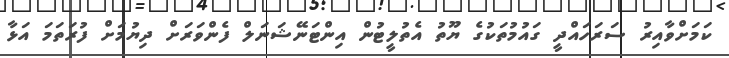
ކަމަށްވާއިރު ސަރަހައްދީ ގައުމުތަކުގެ ޔޫތު އެތުލީޓުން އިންޓަނޭޝަނަލް ފެންވަރަށް ދިޔުމަށް ފުރަތަމަ އަޅާ